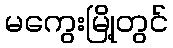
မကွေးမြို့တွင်